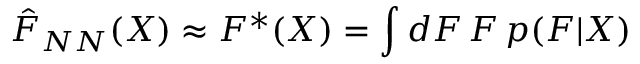
\hat { F } _ { N N } ( X ) \approx F ^ { * } ( X ) = \int d F \, F \, p ( F | X )